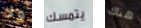
ولا يتمسك هناك